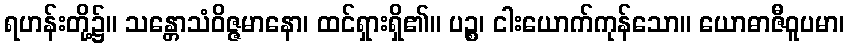
ရဟန်းတို့၌။ သန္တောသံဝိဇ္ဇမာနော၊ ထင်ရှားရှိ၏။ ပဉ္စ၊ ငါးယောက်ကုန်သော။ ယောဓာဇီဝူပမာ၊